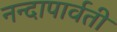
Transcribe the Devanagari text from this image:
नन्दापार्वती